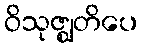
ဝိသုဇ္ဈတိပေ